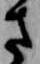
さ